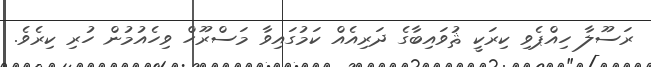
ރަސޫލާ ހިއްޕެވި ކިރަކީ ޘުވައިބާގެ ދަރިއެއް ކަމުގައިވާ މަސްރޫޙް ވިހެއުމުން ހުރި ކިރެވެ.